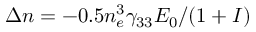
\Delta n = - 0 . 5 { n } _ { e } ^ { 3 } { \gamma } _ { 3 3 } { E } _ { 0 } / ( 1 + I )